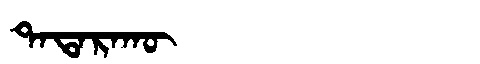
Manchu: ᡨᠠᡨᠠᡵᠠᡴᡡ
Romanization: TATARAKŪ